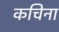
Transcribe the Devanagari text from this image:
कचिना